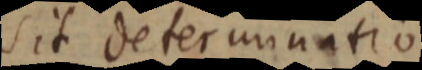
sit determinatio